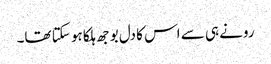
رونے ہی سے اس کا دل بوجھ ہلکا ہو سکتا تھا۔